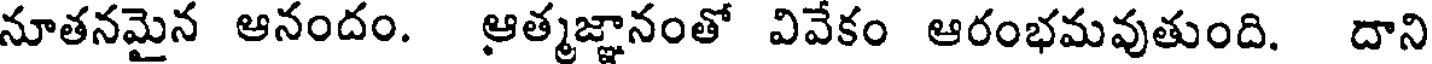
నూతనమైన ఆనందం. ఆత్మజ్ఞానంతో వివేకం ఆరంభమవుతుంది. దాని